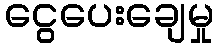
ငွေပေးချေမှု